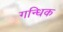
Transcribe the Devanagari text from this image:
गन्धिक